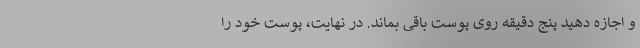
و اجازه دهید پنج دقیقه روی پوست باقی بماند. در نهایت، پوست خود را